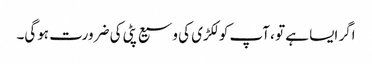
اگر ایسا ہے تو ، آپ کو لکڑی کی وسیع پٹی کی ضرورت ہوگی۔